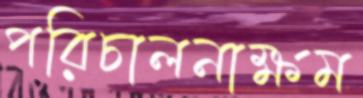
পরিচালনাক্ষম